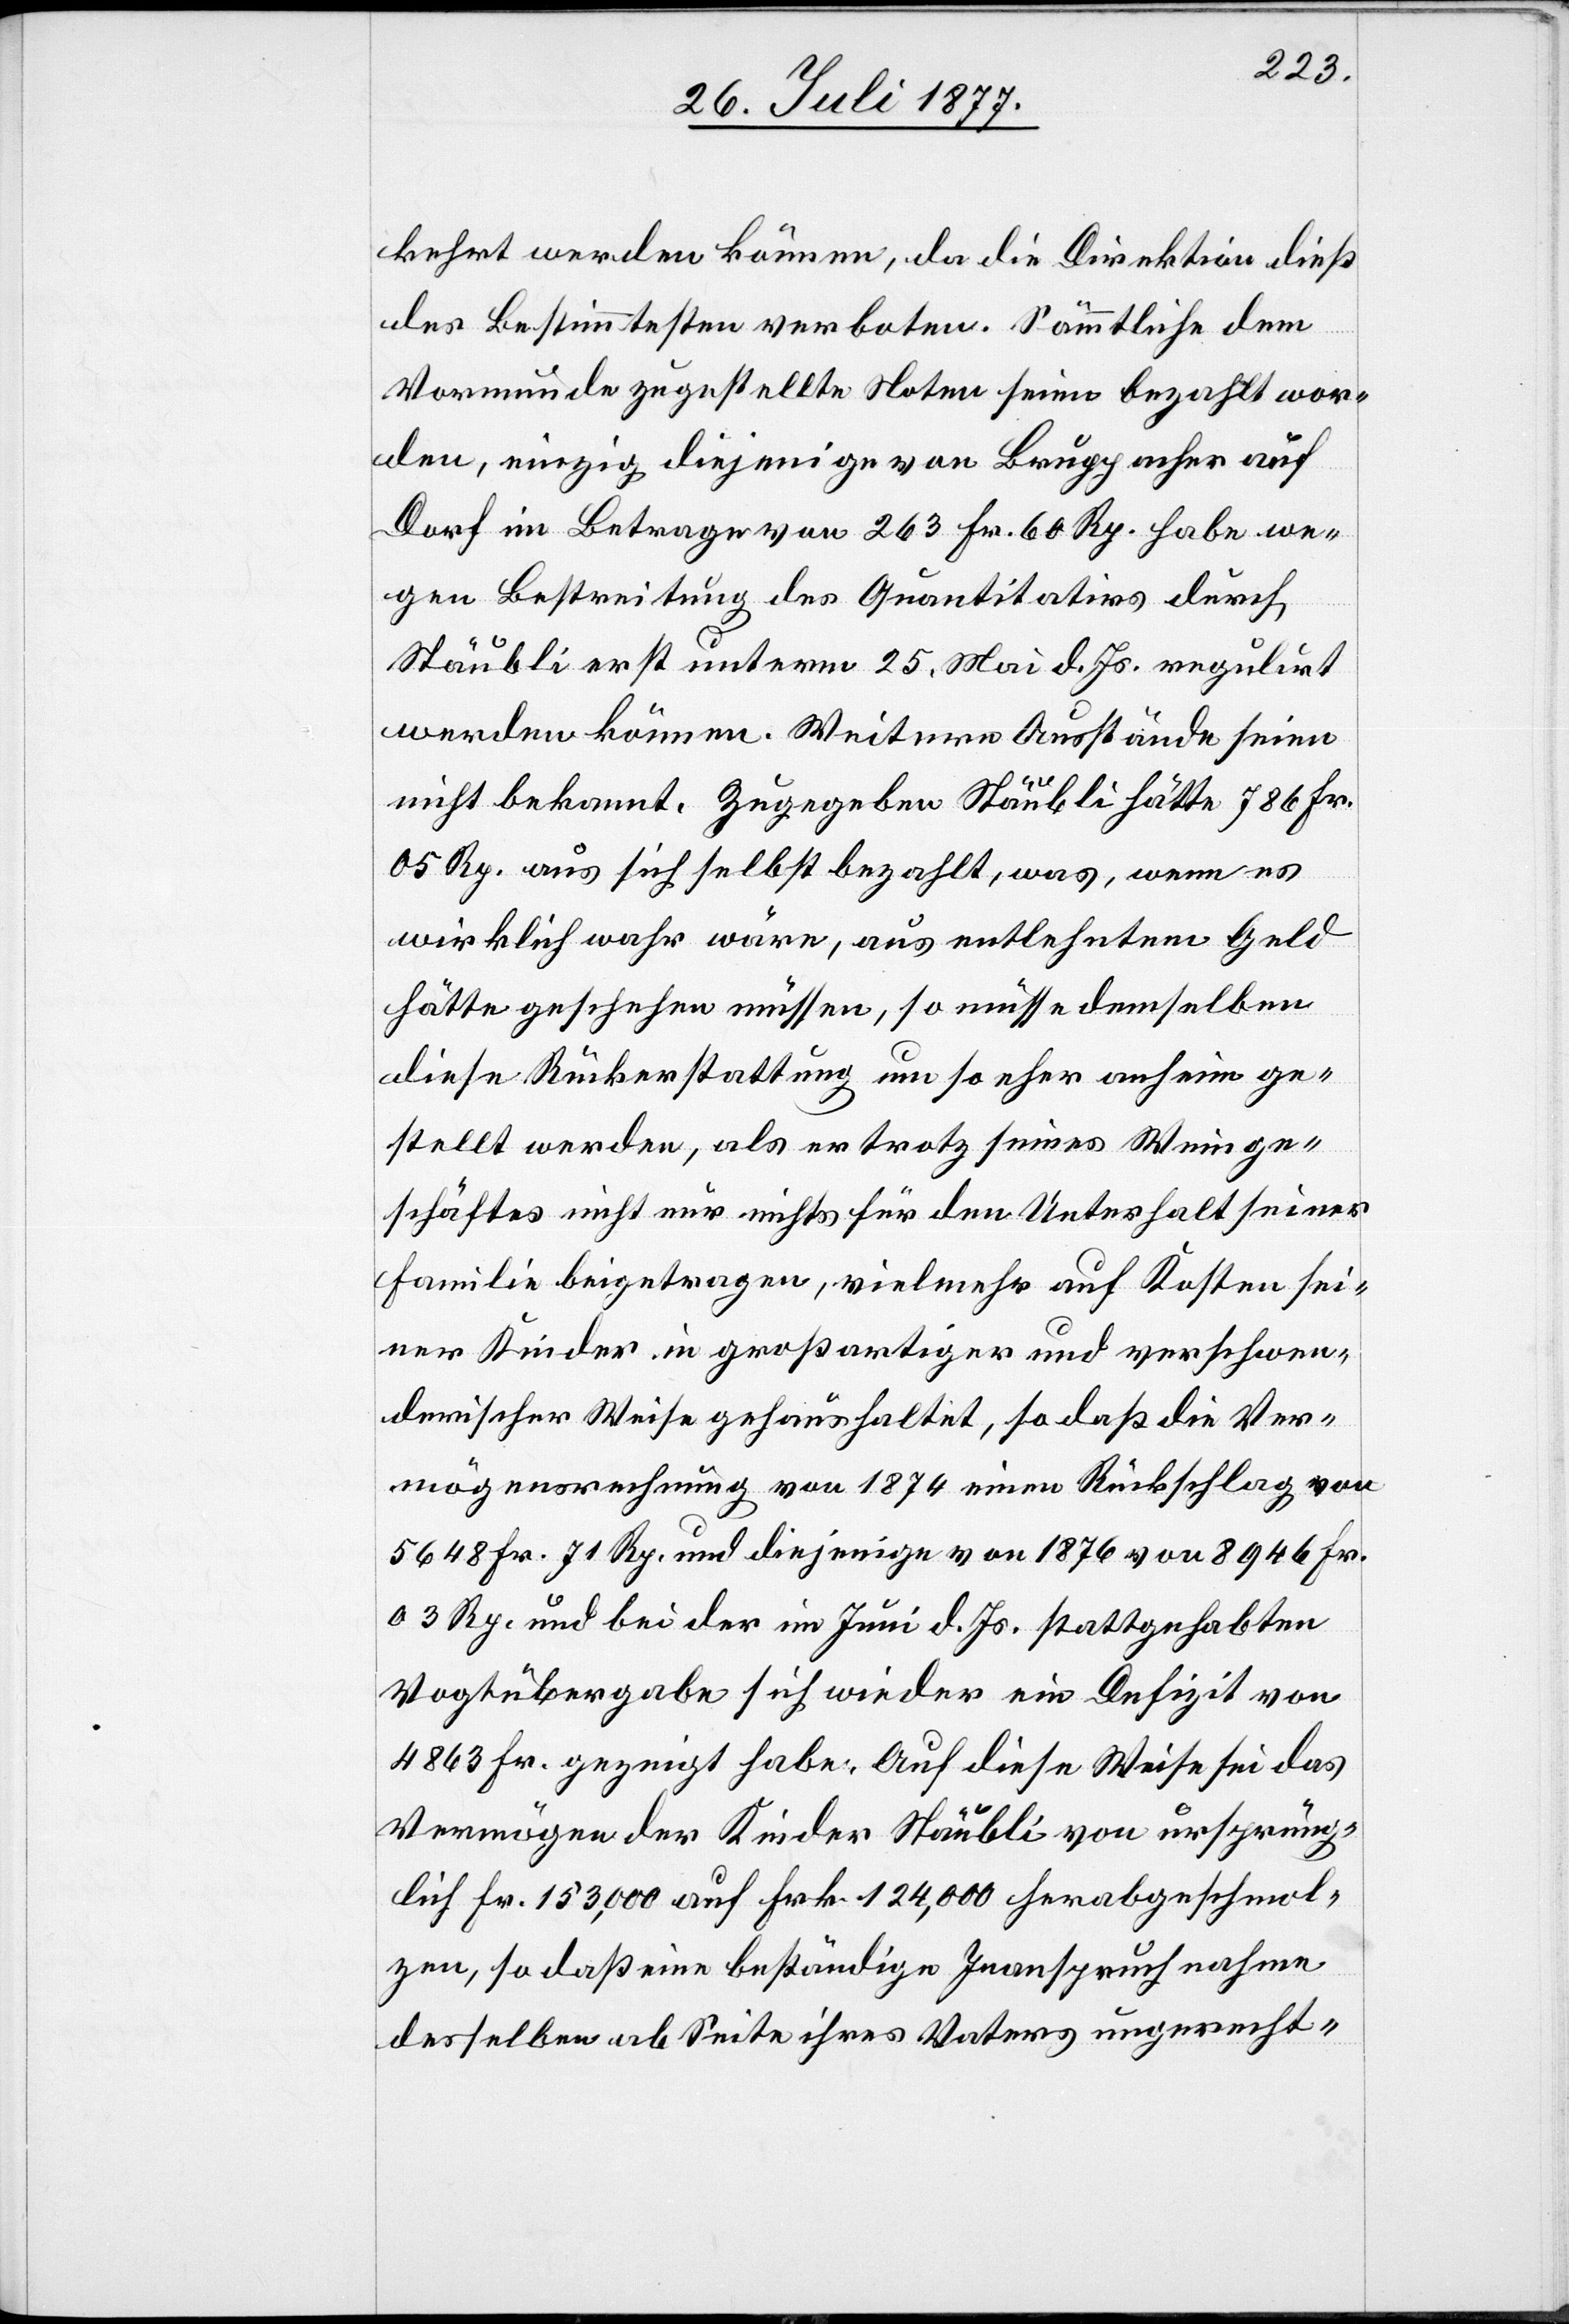
kehrt werden können, da die Direktion dieß
des Bestimmtesten verboten. Sämmtliche dem
Vormunde zugestellte Noten seien bezahlt wor¬
den, einzig diejenige von Bruppacher auf
Dorf im Betrage von 263 Fr. 60 Rp. habe we¬
gen Bestreitung des Quantitativs durch
Stäubli erst unterm 25. Mai d. Js. regulirt
werden können. Weitere Ausstände seien
nicht bekannt. Zugegeben Stäubli hätte 786 Fr.
05 Rp. aus sich selbst bezahlt, was, wenn es
wirklich wahr wäre, aus entlehntem Geld
hätte geschehen müssen, so müsse demselben
diese Rückerstattung um so eher anheim ge¬
stellt werden, als er trotz seines Weinge¬
schäftes nicht nur nichts für den Unterhalt seiner
Familie beigetragen, vielmehr auf Kosten sei¬
ner Kinder in großartiger und verschwen¬
derischer Weise gehaushaltet, so daß die Ver¬
mögensrechnung von 1874 einen Rückschlag von
5648 Fr. 71 Rp. und diejenige von 1876 von 8946 Fr.
03 Rp. und bei der im Juni d. Js. stattgehabten
Vogtübergabe sich wieder ein Defizit von
4863 Fr. gezeigt habe. Auf diese Weise sei das
Vermögen der Kinder Stäubli von ursprüng¬
lich Fr. 153,000 auf Frk. 124,000 herabgeschmol¬
zen, so daß eine beständige Inanspruchnahme
desselben ab Seite ihres Vaters ungerecht-